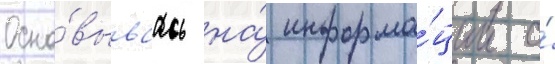
Осно́вываась на́ информа́ции о́